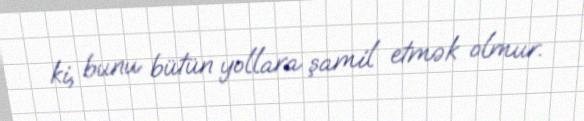
ki, bunu bütün yollara şamil etmək olmur.